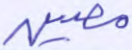
مصين